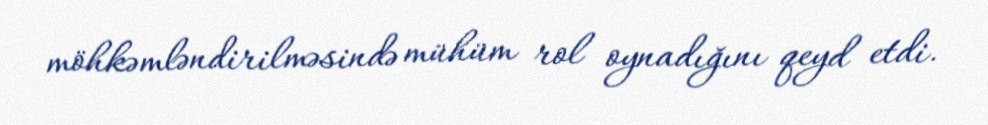
möhkəmləndirilməsində mühüm rol oynadığını qeyd etdi.